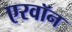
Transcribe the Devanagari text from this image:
एरवॉन